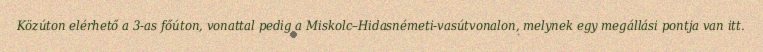
Közúton elérhető a 3-as főúton, vonattal pedig a Miskolc–Hidasnémeti-vasútvonalon, melynek egy megállási pontja van itt.